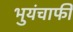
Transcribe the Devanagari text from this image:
भुयंचाफीं